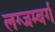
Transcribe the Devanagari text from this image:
लग्जम्बर्ग